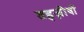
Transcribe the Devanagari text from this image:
तहज़ीबों